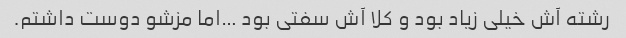
رشته آش خیلی زیاد بود و کلا آش سفتی بود …اما مزشو دوست داشتم.